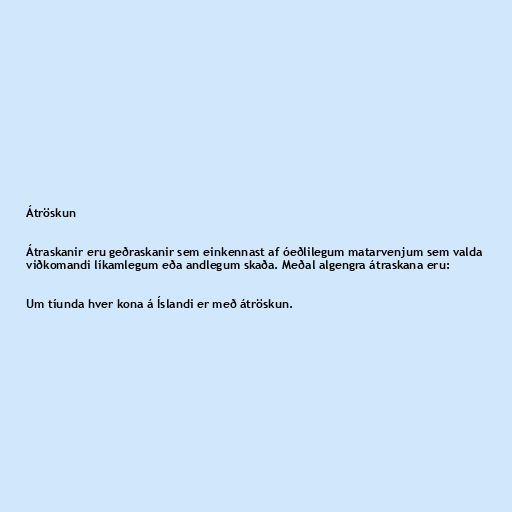
Átröskun

Átraskanir eru geðraskanir sem einkennast af óeðlilegum matarvenjum sem valda
viðkomandi líkamlegum eða andlegum skaða. Meðal algengra átraskana eru:

Um tíunda hver kona á Íslandi er með átröskun.